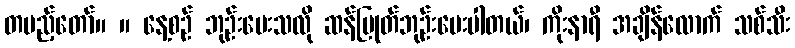
တပည့်တော်။ ။ နေ့စဉ် ဘုဉ်းပေးသလို ဆန်ပြုတ်ဘုဉ်းပေးပါတယ်၊ ကိုးနာရီ အချိန်လောက် သစ်သီး